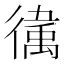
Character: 𫹥